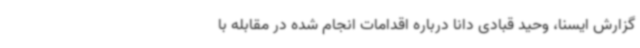
گزارش ایسنا، وحید قبادی دانا درباره اقدامات انجام شده در مقابله با